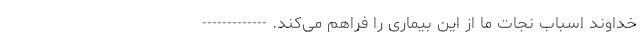
خداوند اسباب نجات ما از این بیماری را فراهم می‌کند. -------------